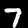
Digit: 7